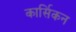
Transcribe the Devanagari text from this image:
कार्सिकन